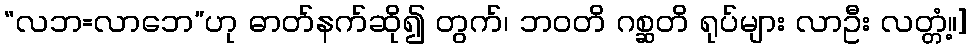
“လဘ=လာဘေ”ဟု ဓာတ်နက်ဆို၍ တွက်၊ ဘဝတိ ဂစ္ဆတိ ရုပ်များ လာဦး လတ္တံ့။]